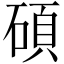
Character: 碩